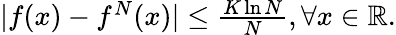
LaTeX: \begin{array}{r}{|f(x)-f^{N}(x)|\leq\frac{K\ln N}{{N}},\forall x\in\mathbb{R}.}\end{array}